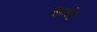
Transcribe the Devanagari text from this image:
कषी